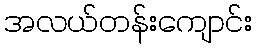
အလယ်တန်းကျောင်း